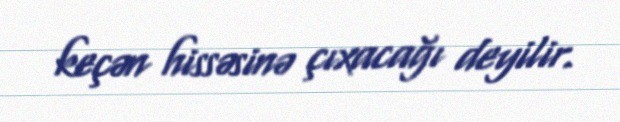
keçən hissəsinə çıxacağı deyilir.